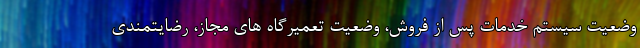
وضعيت سيستم خدمات پس از فروش، وضعيت تعميرگاه هاي مجاز، رضایتمندی